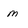
Character: m